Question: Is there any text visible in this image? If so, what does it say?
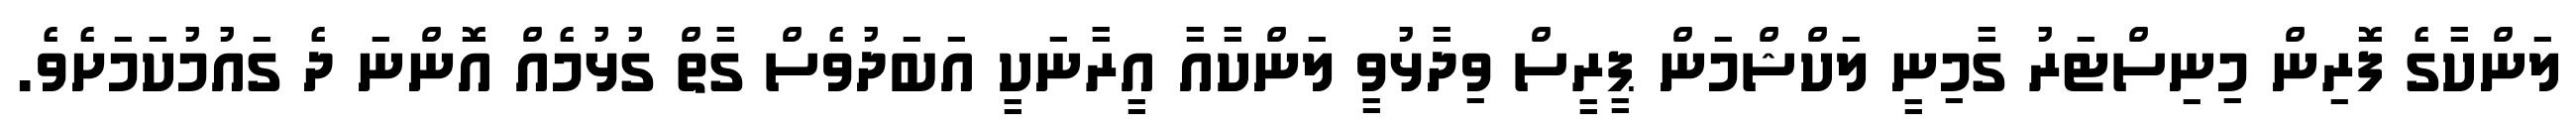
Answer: ލަންކާގެ ފޮރިން މިނިސްޓަރު ގާމިނީ ލަކްޝްމަން ޕީރީސް ވިދާޅުވީ ލަންކާއާ އީރާނަކީ އަބަދުވެސް ގާތް ގުޅުމެއް އޮންނަ ދެ ގައުމުކަމަށެވެ.